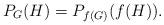
LaTeX: \begin{align*}P_G(H) = P_{f(G)}(f(H)).\end{align*}